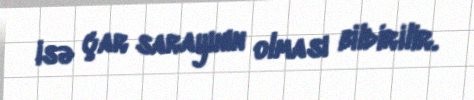
isə çar sarayının olması bildirilir.